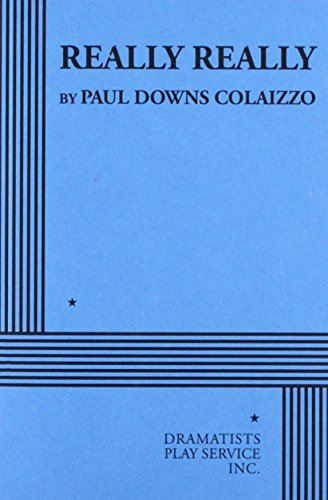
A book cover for Really Really; Paul Downs Colaizzo; Literature & Fiction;